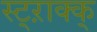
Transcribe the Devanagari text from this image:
स्ट्ऱाक्क्